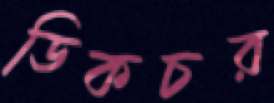
ডিকচর